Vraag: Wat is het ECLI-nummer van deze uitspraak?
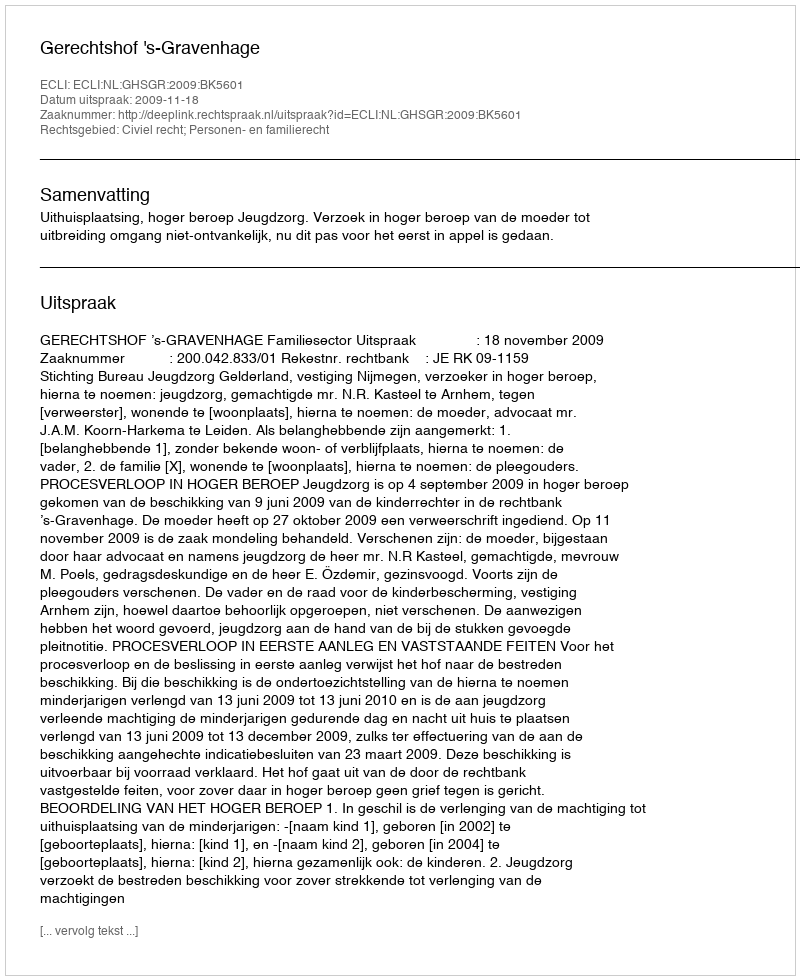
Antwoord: ECLI:NL:GHSGR:2009:BK5601